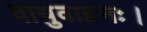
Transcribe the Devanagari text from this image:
वायुवाहनः।